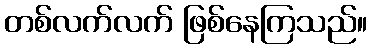
တစ်လက်လက် ဖြစ်နေကြသည်။